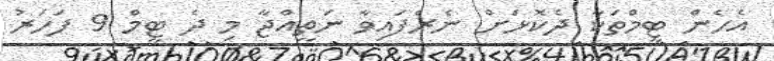
އެހެން ޓީމްތަކާ ދެކޮޅަށް ނެރެފައިވާ ނަތީއްޖާ މި ދެ ޓީމް 9 ފަހަރު